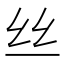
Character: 丝